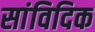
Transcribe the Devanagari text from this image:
सांविदिक